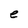
Character: e